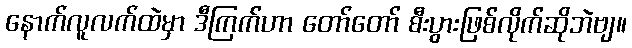
နောက်လူလက်ထဲမှာ ဒီကြက်ဟာ တော်တော် စီးပွားဖြစ်လိုက်ဆိုဘဲဗျ။